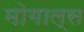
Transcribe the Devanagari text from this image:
मोगाल्स